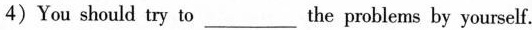
4)You should try to___the problems by yourself.